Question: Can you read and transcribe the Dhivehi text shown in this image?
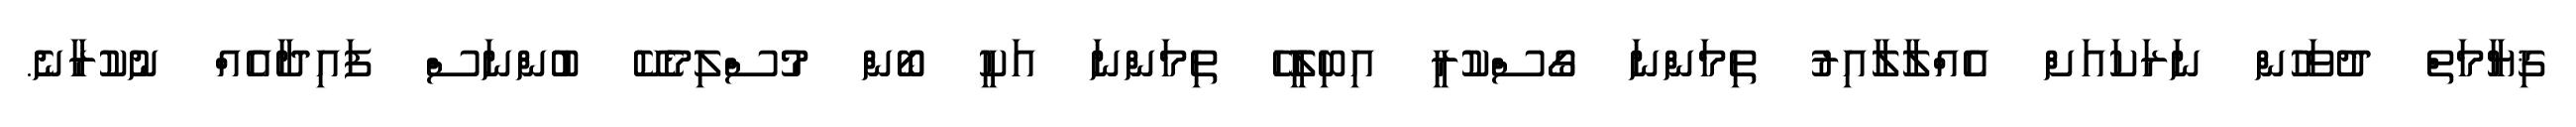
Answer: ޤިޔާމަތް ދުވަހުން ނަރަކައަށް އެއްލާލާއިރު ތިމަންނަ ގޯސްކުރީ އިބިލީހޭ ތިމަންނަ އަކީ ބޯން މުސްލިމެކޭ ބުންނަސް ފައިދާއެއް ނުކުރާނެ.